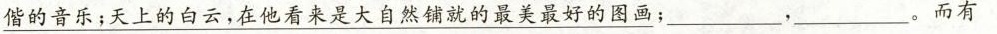
\underline{偕的音乐；天上的白云，在他看来是大自然铺就的最美最好的图画}；___，___。而有